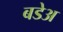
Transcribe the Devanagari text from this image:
बडेअ